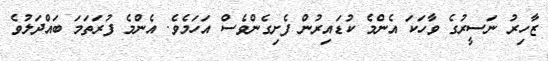
ޒާހިރު ނަސީރުގެ ވާހަކަ އެންމެ ކުޑައިރުން ފެށިގެންވެސް އަހަމެވެ. އެންމެ ފުރަތަމަ ބައްދަލުވެ